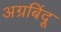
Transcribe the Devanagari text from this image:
अग्रबिंदू